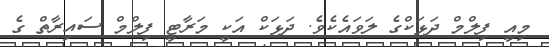
މިއީ ފިލްމް ދަޅަކްގެ ލަވައެކެވެ. ދަޅަކް އަކީ މަރާޓީ ފިލްމް ސައިރާތް ގެ